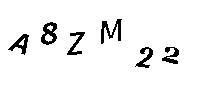
A8ZM22